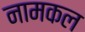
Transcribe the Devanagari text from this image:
नामकल